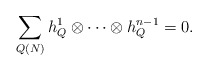
\begin{align*}\sum_{Q(N)} h_Q^1\otimes \cdots \otimes h_Q^{n-1}=0.\end{align*}